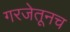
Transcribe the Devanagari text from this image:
गरजेतूनच